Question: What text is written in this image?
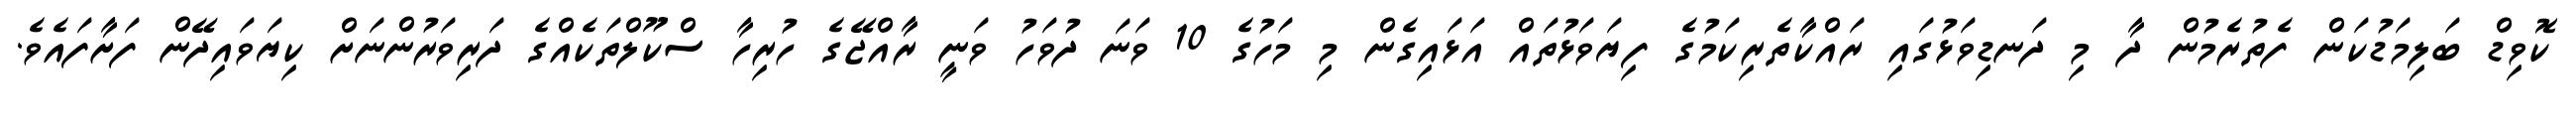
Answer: ކޮވިޑް ބަލިމަޑުކަން ފެތުރެމުން ދާ މި ދަނޑިވަޅުގައި ރައްކާތެރިކަމުގެ ފިޔަވަޅުތައް އަޅައިގެން މި މަހުގެ 10 ވަނަ ދުވަހު ވަނީ ރާއްޖޭގެ ހުރިހާ ސްކޫލްތަކެއްގެ ދަރިވަރުންނަށް ކިޔަވައިދޭން ފަށާފައެވެ.